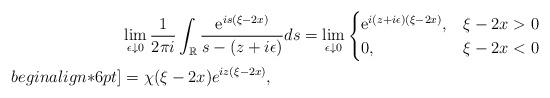
LaTeX: \begin{align*}&\lim _{\epsilon \downarrow 0} \frac{1}{2 \pi i} \int_{\mathbb{R}} \frac{\mathrm{e}^{i s(\xi-2x)}}{s- (z+i \epsilon)} d s=\lim _{\epsilon \downarrow0}\begin{cases}\mathrm{e}^{ i(z+i \epsilon)(\xi-2x)}, & \xi-2x>0 \\0, & \xi-2x<0\end{cases}\\begin{align*}6pt]&=\chi(\xi-2x)e^{iz(\xi-2x) },\end{align*}